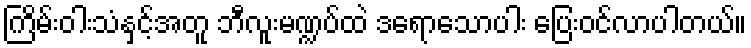
ကြိမ်းဝါးသံနှင့်အတူ ဘီလူးမဏ္ဍပ်ထဲ ဒရောသောပါး ပြေးဝင်လာပါတယ်။